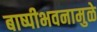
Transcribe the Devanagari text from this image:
बाष्पीभवनामुळे